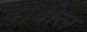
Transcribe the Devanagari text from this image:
दावील